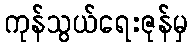
ကုန်သွယ်ရေးဇုန်မှ